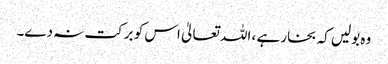
وہ بولیں کہ بخار ہے ، اللہ تعالیٰ اس کو برکت نہ دے۔